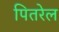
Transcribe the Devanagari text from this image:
पितरेल